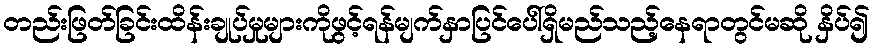
တည်းဖြတ်ခြင်းထိန်းချုပ်မှုများကိုဖွင့်ရန်မျက်နှာပြင်ပေါ်ရှိမည်သည့်နေရာတွင်မဆို နှိပ်၍